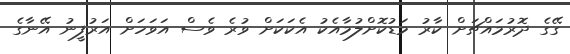
ގޭގެ ދޮރުމައްޗަށް ކާރު މަޑުކޮށްލުމާއެކު އެކަކަށް ވުރެ ވެސް އަވަހަށް އަރުފީނު އޭނާގެ